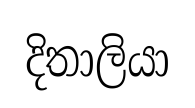
දිතාලියා